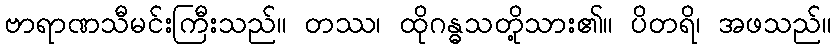
ဗာရာဏသီမင်းကြီးသည်။ တဿ၊ ထိုဂန္ဓသတို့သား၏။ ပိတရိ၊ အဖသည်။